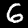
Label: 6